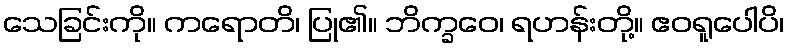
သေခြင်းကို။ ကရောတိ၊ ပြု၏။ ဘိက္ခဝေ၊ ရဟန်းတို့။ ဧဝရူပေါပိ၊